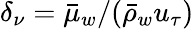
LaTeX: \delta_{\nu}=\bar{\mu}_{w}/(\bar{\rho}_{w}u_{\tau})